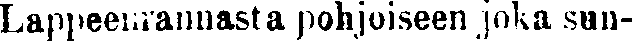
Lappeenrannasta pohjoiseen joka sun-